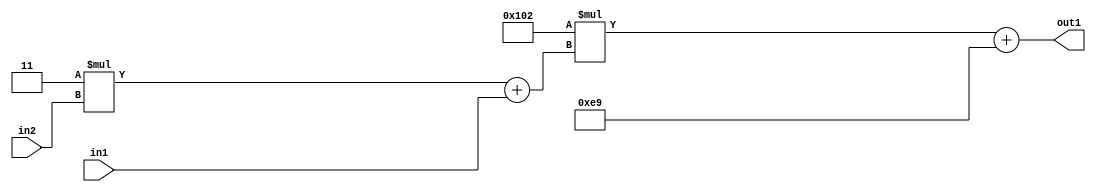
`timescale 1ps / 1ps
/*****************************************************************************
    Verilog RTL Description
    
    
    Created by: Stratus DpOpt 2019.1.01 
*******************************************************************************/

module DC_Filter_Add2i233Mul2i258Add2u1Mul2i3u2_4 (
	in2,
	in1,
	out1
	); /* architecture "behavioural" */ 
input [1:0] in2;
input  in1;
output [11:0] out1;
wire [11:0] asc001;
wire [3:0] asc002;

wire [3:0] asc002_tmp_0;
assign asc002_tmp_0 = 
	+(4'B0011 * in2);
assign asc002 = asc002_tmp_0
	+(in1);

wire [11:0] asc001_tmp_1;
assign asc001_tmp_1 = 
	+(12'B000100000010 * asc002);
assign asc001 = asc001_tmp_1
	+(12'B000011101001);

assign out1 = asc001;
endmodule

/* CADENCE  v7X3TAw= : u9/ySgnWtBlWxVPRXgAZ4Og= ** DO NOT EDIT THIS LINE ******/